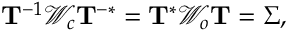
\mathbf { T } ^ { - 1 } \mathcal { W } _ { c } \mathbf { T } ^ { - * } = \mathbf { T } ^ { * } \mathcal { W } _ { o } \mathbf { T } = \boldsymbol { \Sigma } ,